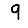
Digit: 9